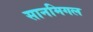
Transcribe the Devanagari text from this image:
सानमिगल